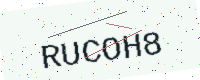
Text: RUCOH8